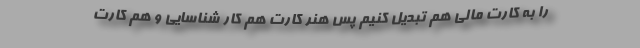
را به کارت مالی هم تبدیل کنیم پس هنر کارت هم کار شناسایی و هم کارت